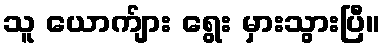
သူ ယောက်ျား ရွေး မှားသွားပြီ။